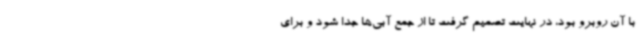
با آن روبرو بود، در نهایت تصمیم گرفت تا از جمع آبی‌ها جدا شود و برای